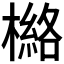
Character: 𰘯